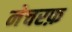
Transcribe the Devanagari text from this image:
नेचरफ़